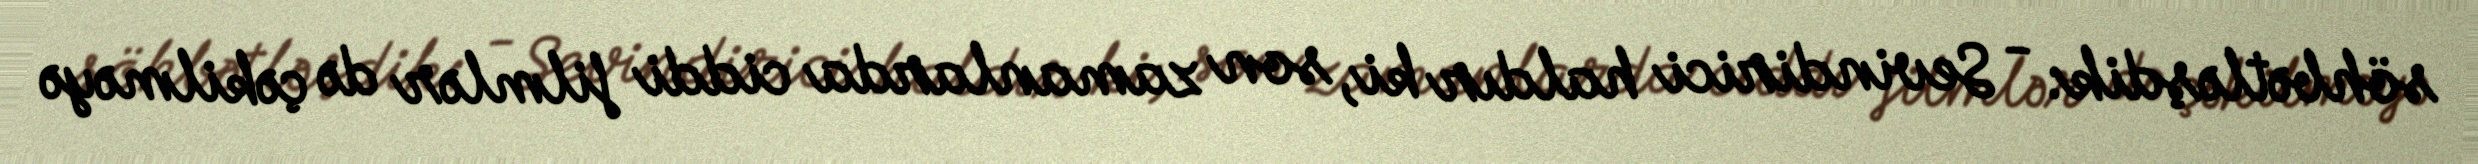
söhbətləşdik: - Sevindirici haldır ki, son zamanlarda ciddi filmlər də çəkilməyə